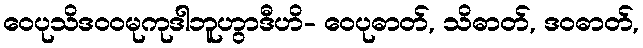
ဝေပုသိဒဝဝမုကုဒါဘူဟွာဒီဟိ- ဝေပုဓာတ်, သိဓာတ်, ဒဝဓာတ်,